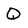
Character: Q